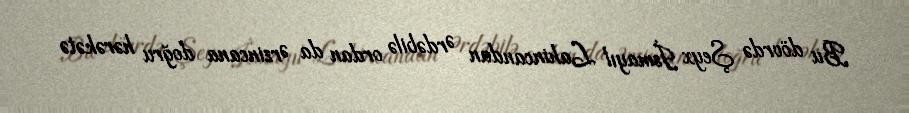
Bu dövrdə Şeyx İsmayıl Lahincandan Ərdəbilə ordan da Ərzincana doğru hərəkətə